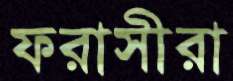
ফরাসীরা